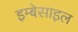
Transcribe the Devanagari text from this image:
इम्बेसाइल